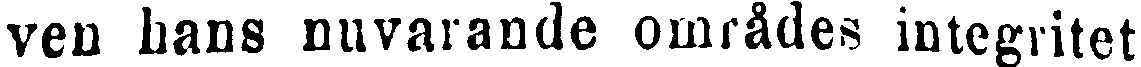
ven hans nuvarande områdes integritet.